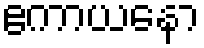
ဧကာယနော